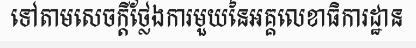
ទៅតាមសេចក្តីថ្លែងការមួយនៃអគ្គលេខាធិការដ្ឋាន